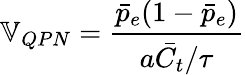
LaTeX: \mathbb{V}_{QPN}=\frac{\bar{p}_{e}(1-\bar{p}_{e})}{a\bar{C_{t}}/\tau}